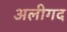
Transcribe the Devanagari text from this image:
अलीगद